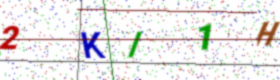
Text: 2KI1H